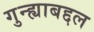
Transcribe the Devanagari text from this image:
गुन्ह्याबद्दल